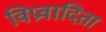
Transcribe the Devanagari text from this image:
विप्रवादिता